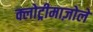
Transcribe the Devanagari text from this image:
क्लोट्रीमाज़ोले